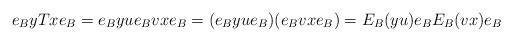
LaTeX: \begin{align*}e_ByT xe_B = e_B yu e_B v xe_B =(e_B yu e_B)( e_B v xe_B)= E_B (yu) e_B E_B (v x)e_B\end{align*}